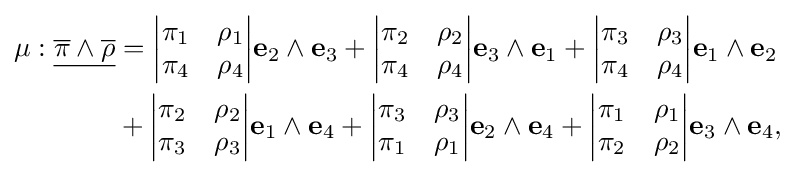
{\begin{aligned}\mu :{\underline {{\overline {\pi }}\wedge {\overline {\rho }}}}&={\begin{vmatrix}\pi _{1}&\rho _{1}\\\pi _{4}&\rho _{4}\end{vmatrix}}\mathbf {e} _{2}\wedge \mathbf {e} _{3}+{\begin{vmatrix}\pi _{2}&\rho _{2}\\\pi _{4}&\rho _{4}\end{vmatrix}}\mathbf {e} _{3}\wedge \mathbf {e} _{1}+{\begin{vmatrix}\pi _{3}&\rho _{3}\\\pi _{4}&\rho _{4}\end{vmatrix}}\mathbf {e} _{1}\wedge \mathbf {e} _{2}\\&+{\begin{vmatrix}\pi _{2}&\rho _{2}\\\pi _{3}&\rho _{3}\end{vmatrix}}\mathbf {e} _{1}\wedge \mathbf {e} _{4}+{\begin{vmatrix}\pi _{3}&\rho _{3}\\\pi _{1}&\rho _{1}\end{vmatrix}}\mathbf {e} _{2}\wedge \mathbf {e} _{4}+{\begin{vmatrix}\pi _{1}&\rho _{1}\\\pi _{2}&\rho _{2}\end{vmatrix}}\mathbf {e} _{3}\wedge \mathbf {e} _{4},\end{aligned}}